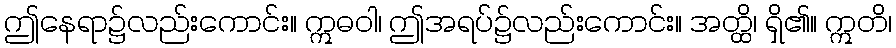
ဤနေရာ၌လည်းကောင်း။ ဣဓဝါ၊ ဤအရပ်၌လည်းကောင်း။ အတ္ထိ၊ ရှိ၏။ ဣတိ၊